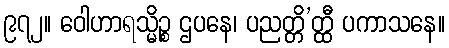
၉၇၂။ ဝေါဟာရသ္မိဉ္စ ဌပနေ၊ ပညတ္တိ’တ္ထီ ပကာသနေ။